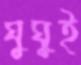
ঘুঘুই